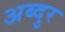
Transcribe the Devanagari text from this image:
अब्‍दुर